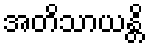
အတိသာယန္တိ